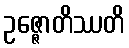
ဥဇ္ဇောတိဿတိ